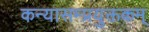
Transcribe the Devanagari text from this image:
कन्यासम्प्रयुक्तकम्